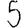
Digit: 5